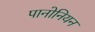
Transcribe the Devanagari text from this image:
पानोनियन